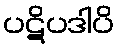
ပဋိပဒါပိ